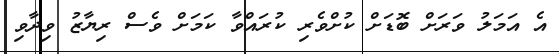
އެ އަމަލު ވަރަށް ބޮޑަށް ކުށްވެރި ކުރައްވާ ކަމަށް ވެސް ރިޔާޒު ވިދާވި